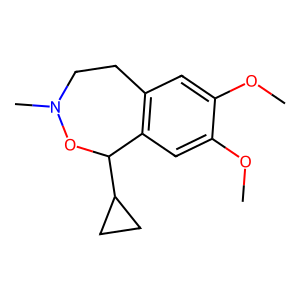
SMILES: COc1cc2c(cc1OC)C(C1CC1)ON(C)CC2
Inhibits HIV replication: Yes